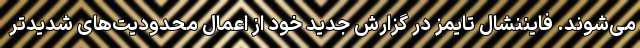
می‌شوند. فایننشال تایمز در گزارش جدید خود از اعمال محدودیت‌های شدیدتر